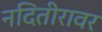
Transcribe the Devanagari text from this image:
नदितीरावर